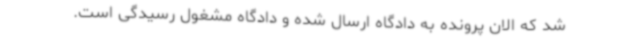
شد که الان پرونده به دادگاه ارسال شده و دادگاه مشغول رسیدگی است.